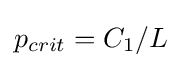
p_{crit}=C_{1}/L